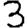
Digit: 3